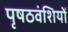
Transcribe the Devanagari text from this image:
पृषठवंशियों